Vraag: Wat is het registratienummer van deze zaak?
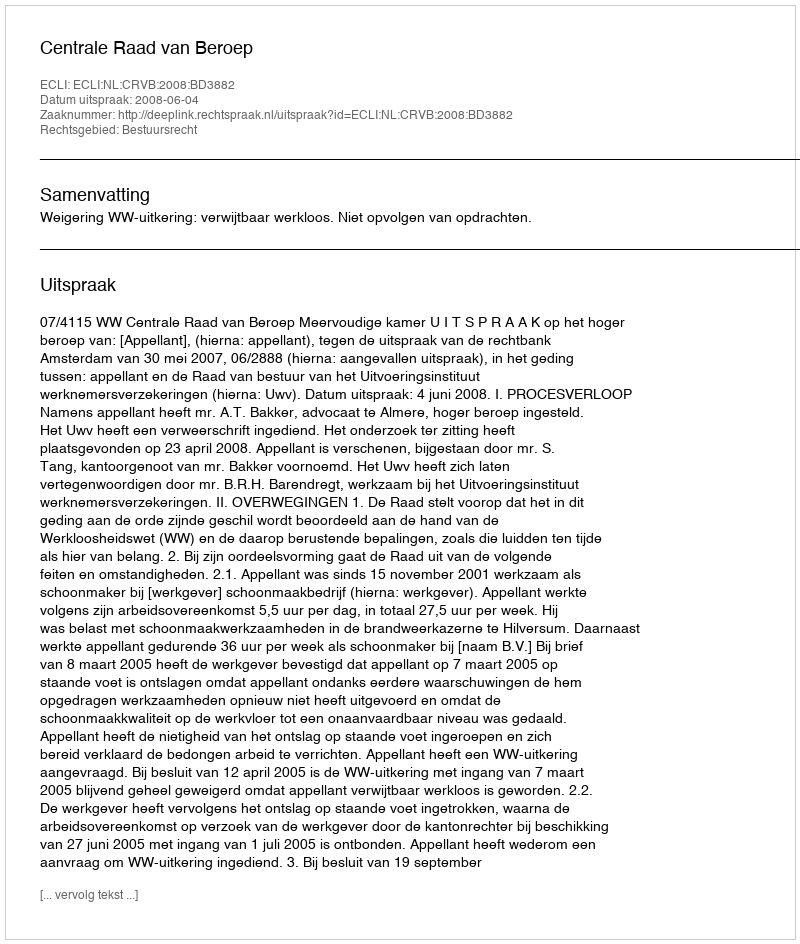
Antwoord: http://deeplink.rechtspraak.nl/uitspraak?id=ECLI:NL:CRVB:2008:BD3882